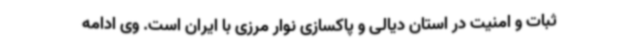
ثبات و امنیت در استان دیالی و پاکسازی نوار مرزی با ایران است. وی ادامه